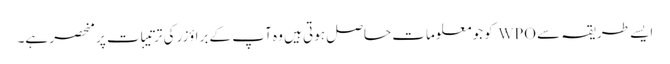
ایسے طریقہ سے WPO کو جو معلومات حاصل ہوتی ہیں وہ آپ کے براؤزر کی ترتیبات پر منحصر ہے۔